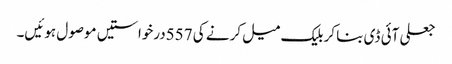
جعلی آئی ڈی بنا کر بلیک میل کرنے کی 557درخواستیں موصول ہوئیں۔